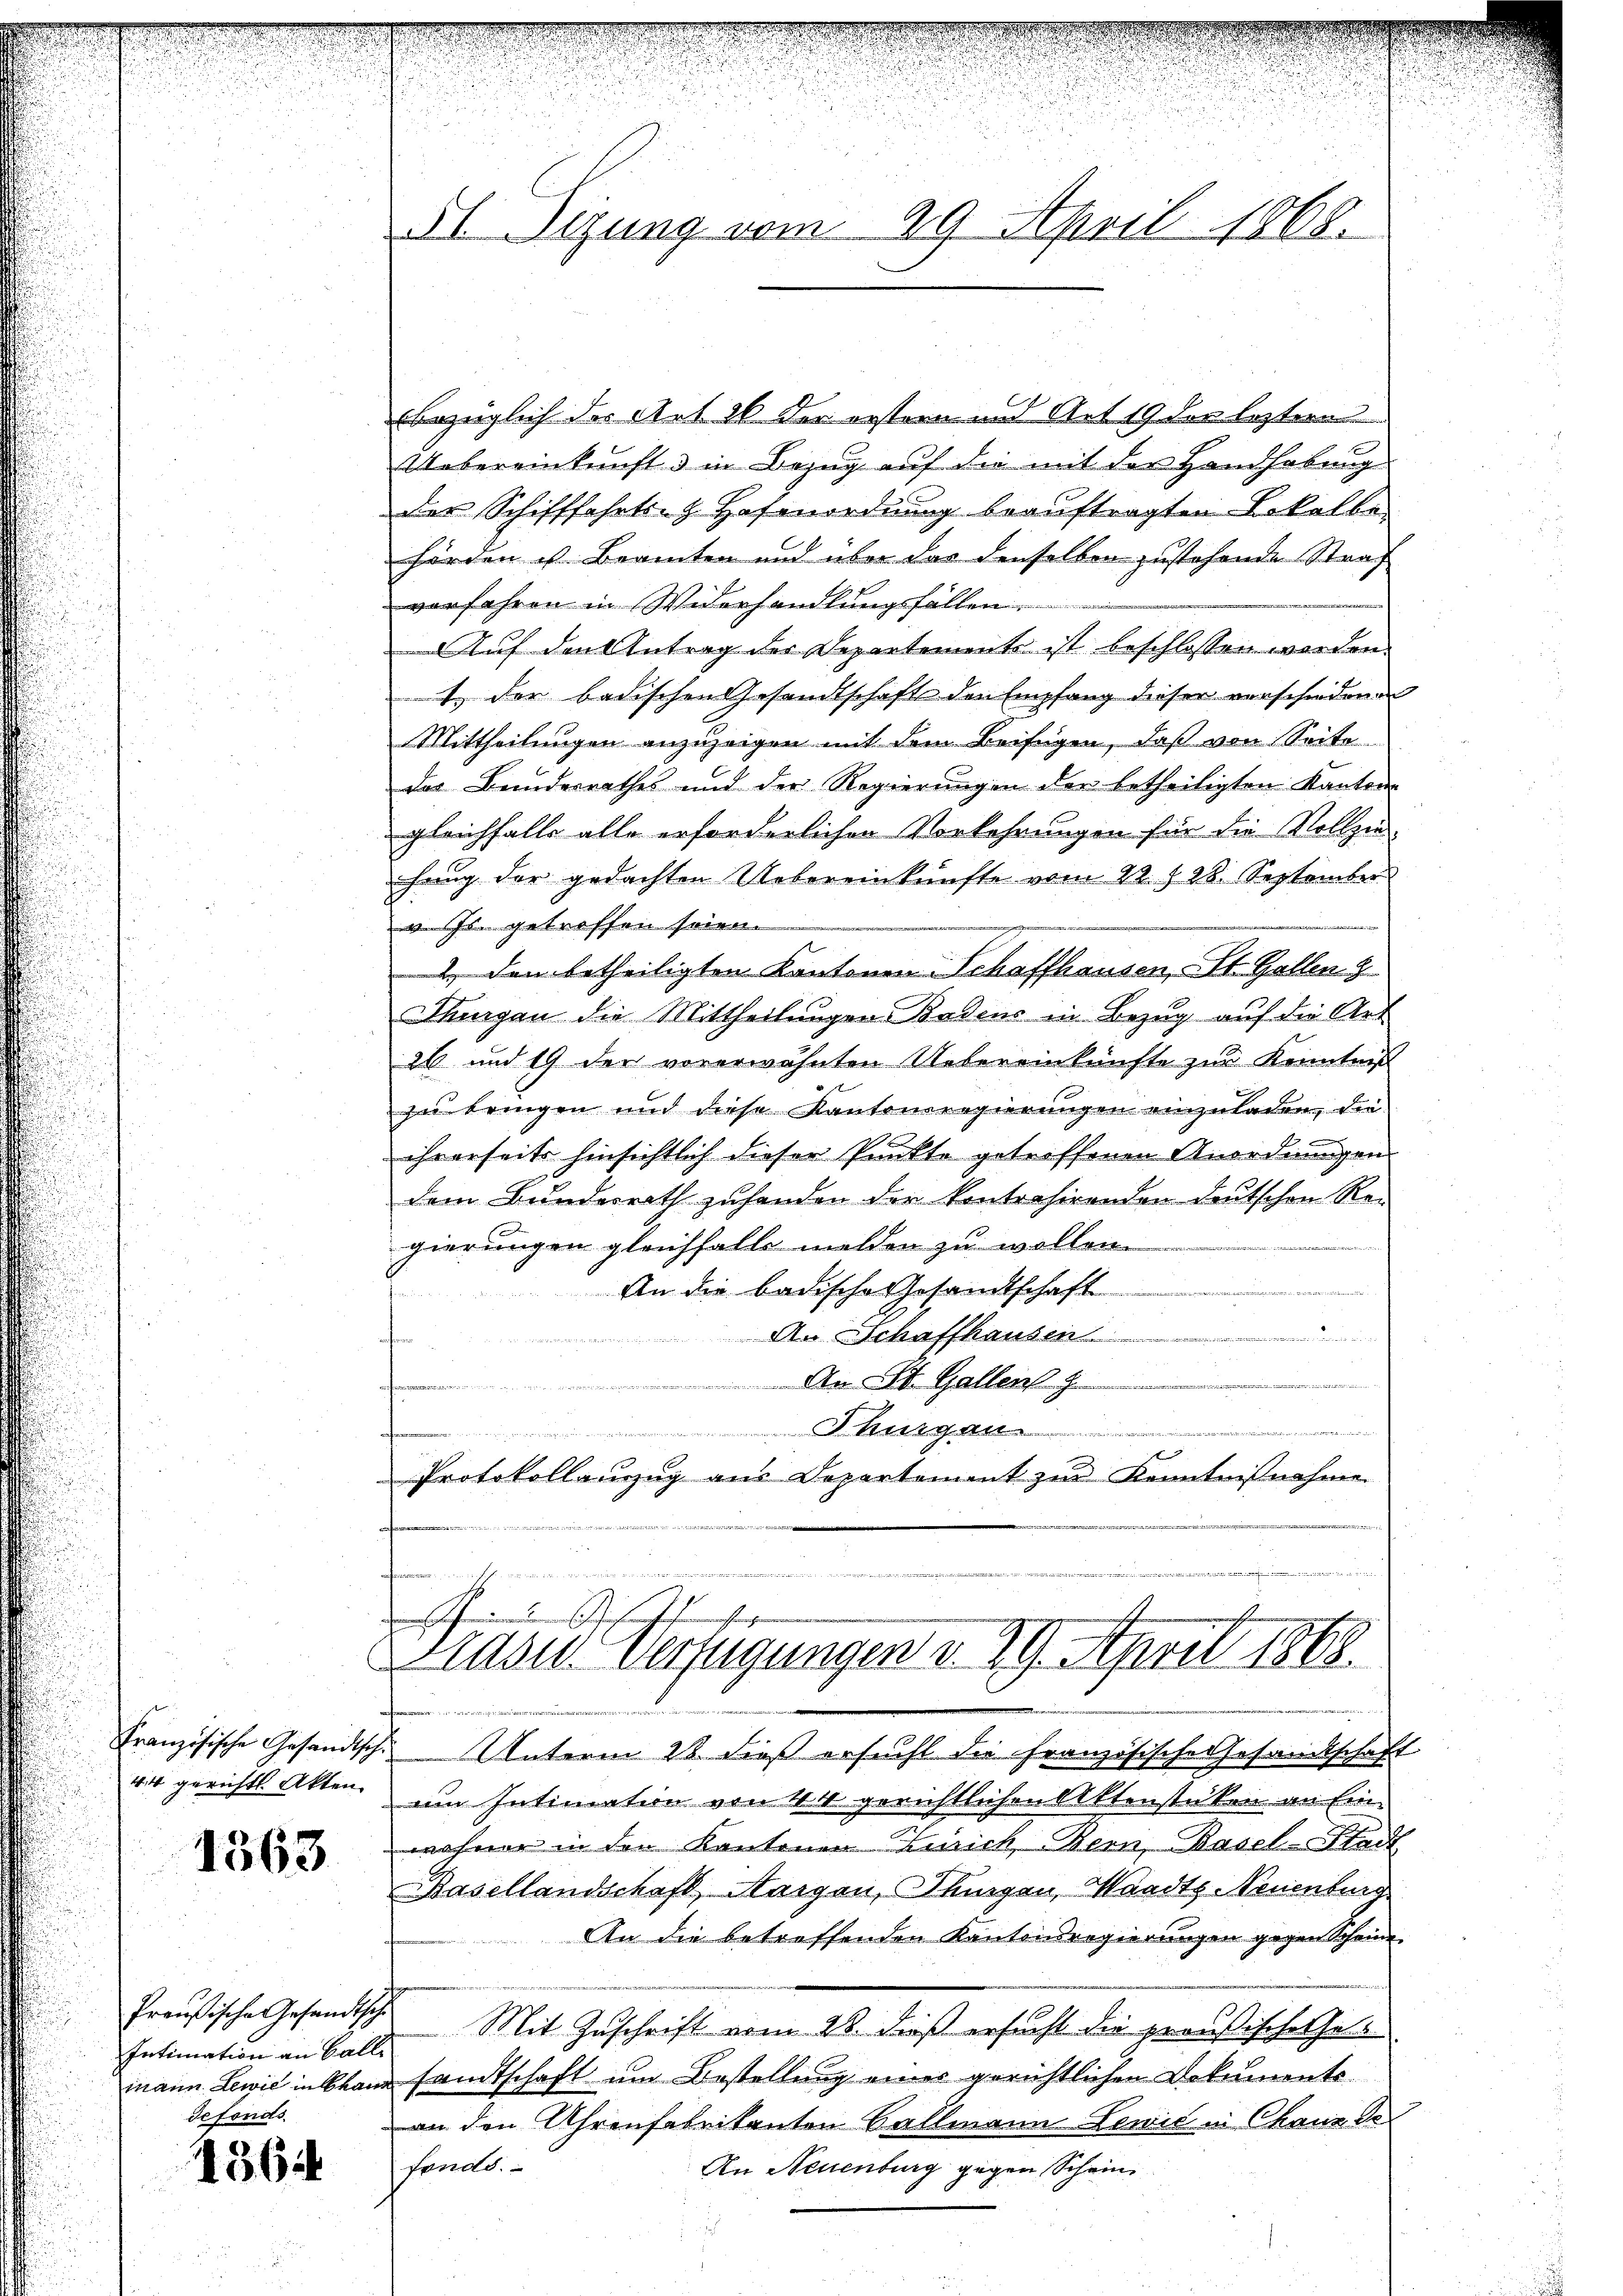
44 gerichtl. Akten.

1363

Intimation an Falle
defonds

1564

51. Sizung vom 29. April 1868.

bezüglich der Art 26 der erstern und Art 19 der leztern
Uebereinkunft & in Bezug auf die mit der Handhabung
der Schifffahrts-G. Hofmordnung beauftragten Lokalbe
hörden ist Beamten und über das denselben zustehende Straf
verfahren in Widerhandlungsfällen.
AAuf den Antrag der Separtements ist beschlossen werden.
1 der badischen Gesandtschaft den Empfang dieser verschiedenen
Mittheilungen anzuzeigen mit dem Beifügen, daß von Seite
des Bundesrathes und der Regierungen der betheiligten Kantons
gleichfalls alle erforderlichen Vorkehrungen für die Vollziehang der gedachten Uebereinkünfte vom 22. t 28. September
v. Js. getroffen seien.
 den betheiligten Kantonen Schaffhausen, St. Gallen z
Thurgan die Mittheilungen. Badens in Bezug auf die Art
26 und 19 der vorerwähnten Uebereinkünfte zur Kenntniß
zu bringen und diese Kantonsregierungen einzuladen, die
ihrerseits hinsichtlich dieser Punkte getroffenen Anordnungen
dem Bundesrath zuhanden der Kontrahirenden Deutschen Re-
gierungen gleichfalls melden zu wollen.
An die badische Gesandtschaft
An Schaffhausen

An St. Gallen
e
Thurgau
end die in der und der 342 f 15 t v. Ferie d
M
Protokollanzug aus Departement zur Kenntnißnahme
s
u
I 2 Sch
Präsid.. Verfügungen d. 29. April 1868.
ini
Französische Gesandtsche Unterm 28. dieß ersucht die Französische Gesandtschaft
um Intimation von 44 gerichtlichen Aktenstücken an Einwohner in den Kantonen Zürich Bern, Basel-Stadt
Basellandschaft, Margen, Thungen, Waadt, Neuenburg
An die betreffenden Kantonsregierungen gegen Scheine
Preußische Gesandtsch. Mit Zuschrift vom 28. dieß ersucht die preußisches Gemann Lewie in Brand sandtschaft um Bestellung einer gerichtlichen Dokuments
an den Uhrenfabrikanten Ballmann Lewić in Chaux de
fonds.
An Neuenburg gegen Schein